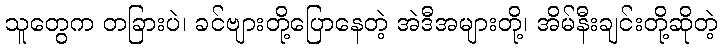
သူတွေက တခြားပဲ၊ ခင်ဗျားတို့ပြောနေတဲ့ အဲဒီအများတို့၊ အိမ်နီးချင်းတို့ဆိုတဲ့